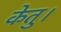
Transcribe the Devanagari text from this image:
केतु।